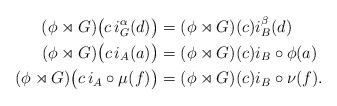
LaTeX: \begin{align*}(\phi\rtimes G)\bigl(c\,i_G^\alpha(d)\bigr)&=(\phi\rtimes G)(c)i_B^\beta(d)\\(\phi\rtimes G)\bigl(c\,i_A(a)\bigr)&=(\phi\rtimes G)(c)i_B\circ\phi(a)\\(\phi\rtimes G)\bigl(c\,i_A\circ\mu(f)\bigr)&=(\phi\rtimes G)(c)i_B\circ\nu(f).\end{align*}